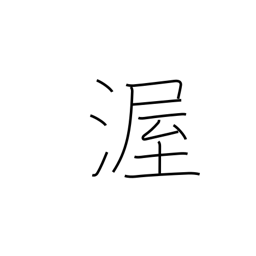
Meaning: kindness